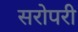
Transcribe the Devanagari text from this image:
सरोपरी